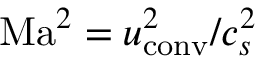
\mathrm { M a } ^ { 2 } = u _ { \mathrm { c o n v } } ^ { 2 } / c _ { s } ^ { 2 }